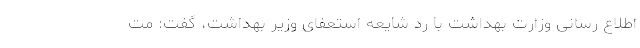
اطلاع رسانی وزارت بهداشت با رد شایعه استعفای وزیر بهداشت، گفت: مت